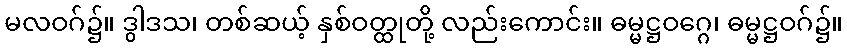
မလဝဂ်၌။ ဒွါဒသ၊ တစ်ဆယ့် နှစ်ဝတ္ထုတို့ လည်းကောင်း။ ဓမ္မဋ္ဌဝဂ္ဂေ၊ ဓမ္မဋ္ဌဝဂ်၌။